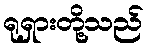
ရုရှားတို့သည်